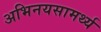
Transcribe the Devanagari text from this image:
अभिनयसामर्थ्य